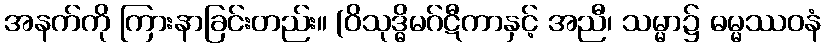
အနက်ကို ကြားနာခြင်းတည်း။ (ဝိသုဒ္ဓိမဂ်ဋီကာနှင့် အညီ၊ သမ္မာ၌ ဓမ္မဿဝနံ